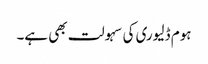
ہوم ڈلیوری کی سہولت بھی ہے۔